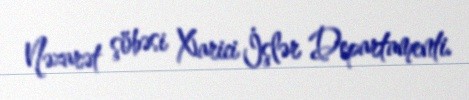
Nəzarət şöbəsi Xarici İşlər Departamenti.